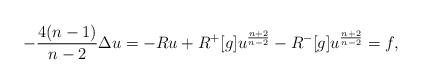
LaTeX: \begin{align*}-\frac {4(n-1)}{n-2}\Delta u = -R u + R^+[g] u^\frac {n+2}{n-2} - R^-[g] u^\frac {n+2}{n-2} = f ,\end{align*}